Lunatic asylums Burma 1922-24 - 1922-1924
Year: 1922
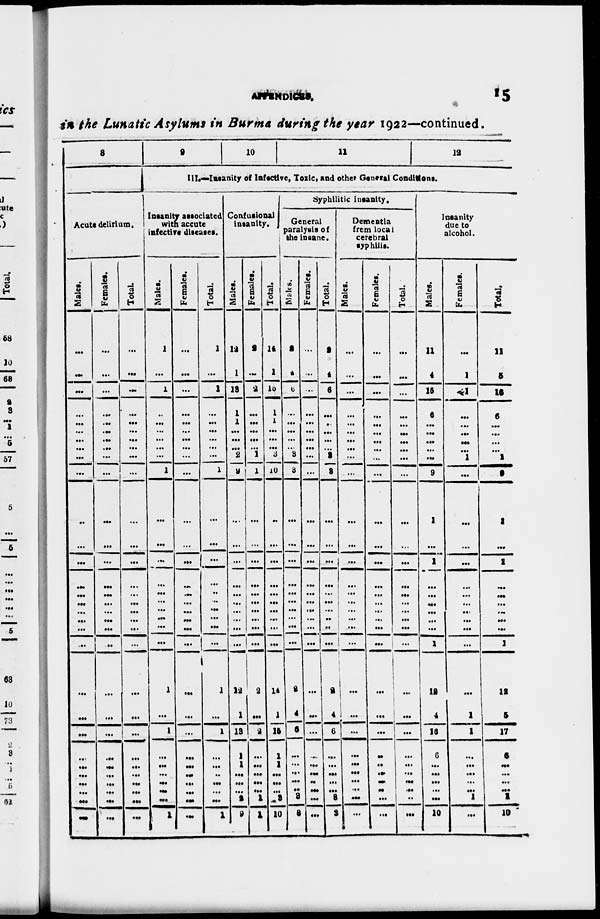
APPENDICES.
15
in the Lunatic Asylums in Burma during the year 1922—continued.
8
Acute delirium.
Males.
...
...
...
...
...
...
...
...
...
...
..
...
...
...
...
...
...
...
...
...
...
...
...
...
...
...
...
...
...
...
Females.
...
...
...
...
...
...
...
...
...
...
...
...
...
...
...
...
...
...
...
..
...
...
...
...
...
...
...
...
...
...
Total.
...
...
...
...
...
...
...
...
...
...
...
...
...
...
...
...
...
...
...
...
...
...
...
...
...
...
...
...
...
...
9
10
11
12
III.—Insanity of Infective,Toilc, and other General Conditions.
Insanity associated
with accute
infective diseases.
Males.
1
...
1
..
...
...
...
...
...
1
...
...
...
...
...
...
...
...
...
...
1
...
1
...
...
...
...
...
...
1
Females.
...
...
...
...
...
...
...
...
...
...
...
...
...
...
...
...
...
...
...
...
...
...
...
...
...
...
...
...
...
...
Total.
1
...
1
...
...
...
...
...
...
1
...
...
...
...
..
...
...
...
...
...
1
...
1
...
...
..
...
...
...
1
Confusional
insanity.
Males.
12
1
13
1
1
...
...
...
2
9
...
...
...
...
...
...
...
...
...
...
12
1
13
1
1
...
...
...
2
9
Females.
2
...
2
...
...
...
...
...
1
1
...
...
...
...
...
...
...
...
...
...
2
...
2
...
...
...
...
...
1
1
Total.
14
1
15
1
1
...
...
...
3
10
..
...
...
...
...
...
...
...
...
...
14
1
15
1
1
...
...
...
3
10
Syphilitic insanity.
General
paralysis of
the Insane.
Males.
2
4
6
...
...
...
...
... 3
3
...
...
...
...
...
...
...
...
...
...
2
4
6
...
...
...
...
..
3
3
Females.
...
...
...
...
...
...
...
...
...
...
...
...
...
...
...
...
...
...
...
...
...
...
...
...
...
...
...
...
...
...
Total.
2
4
6
...
..
...
...
... 3
3
...
...
...
...
...
...
...
..
..
...
2
4
6
...
...
...
...
...
3
3
Dementia
from local
cerebral
syphilis.
Males.
...
...
...
...
...
...
...
...
...
...
...
...
...
...
...
...
...
...
...
...
...
...
...
...
...
...
...
...
...
...
Females.
...
...
...
...
...
...
...
...
...
...
...
...
...
...
...
...
...
...
...
...
...
...
...
..
..
...
...
..
...
...
Total.
...
...
...
...
...
...
...
...
...
...
...
...
...
...
...
...
...
...
...
...
...
...
...
...
...
...
...
...
..
...
Insanity
due to
alcohol.
Males.
11
4
15
6
...
...
...
...
...
9
1
...
1
...
...
...
...
...
...
1
12
4
16
6
...
...
...
...
...
10
Females.
...
1
1
...
...
...
...
...
1
...
...
...
...
...
...
...
...
...
...
...
...
1
1
...
...
...
...
...
1
...
Total.
11
5
16
6
...
...
...
...
1
9
1
...
1
...
...
...
...
...
...
1
12
5
17
6
...
...
...
... 1
10